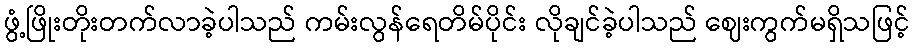
ဖွံ့ဖြိုးတိုးတက်လာခဲ့ပါသည် ကမ်းလွန်ရေတိမ်ပိုင်း လိုချင်ခဲ့ပါသည် ဈေးကွက်မရှိသဖြင့်